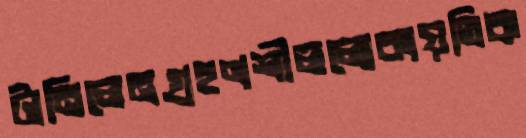
টানিলেনগ্রহণশীললোকায়তিক